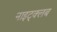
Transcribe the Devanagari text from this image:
नाइट्क्लब